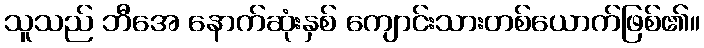
သူသည် ဘီအေ နောက်ဆုံးနှစ် ကျောင်းသားတစ်ယောက်ဖြစ်၏။